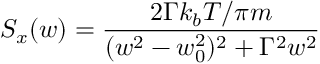
S _ { x } ( w ) = \frac { 2 \Gamma k _ { b } T / \pi m } { ( w ^ { 2 } - w _ { 0 } ^ { 2 } ) ^ { 2 } + \Gamma ^ { 2 } w ^ { 2 } }